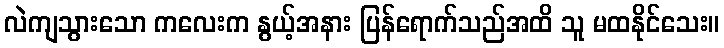
လဲကျသွားသော ကလေးက နွယ့်အနား ပြန်ရောက်သည်အထိ သူ မထနိုင်သေး။